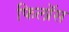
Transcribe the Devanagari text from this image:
फिलॉस